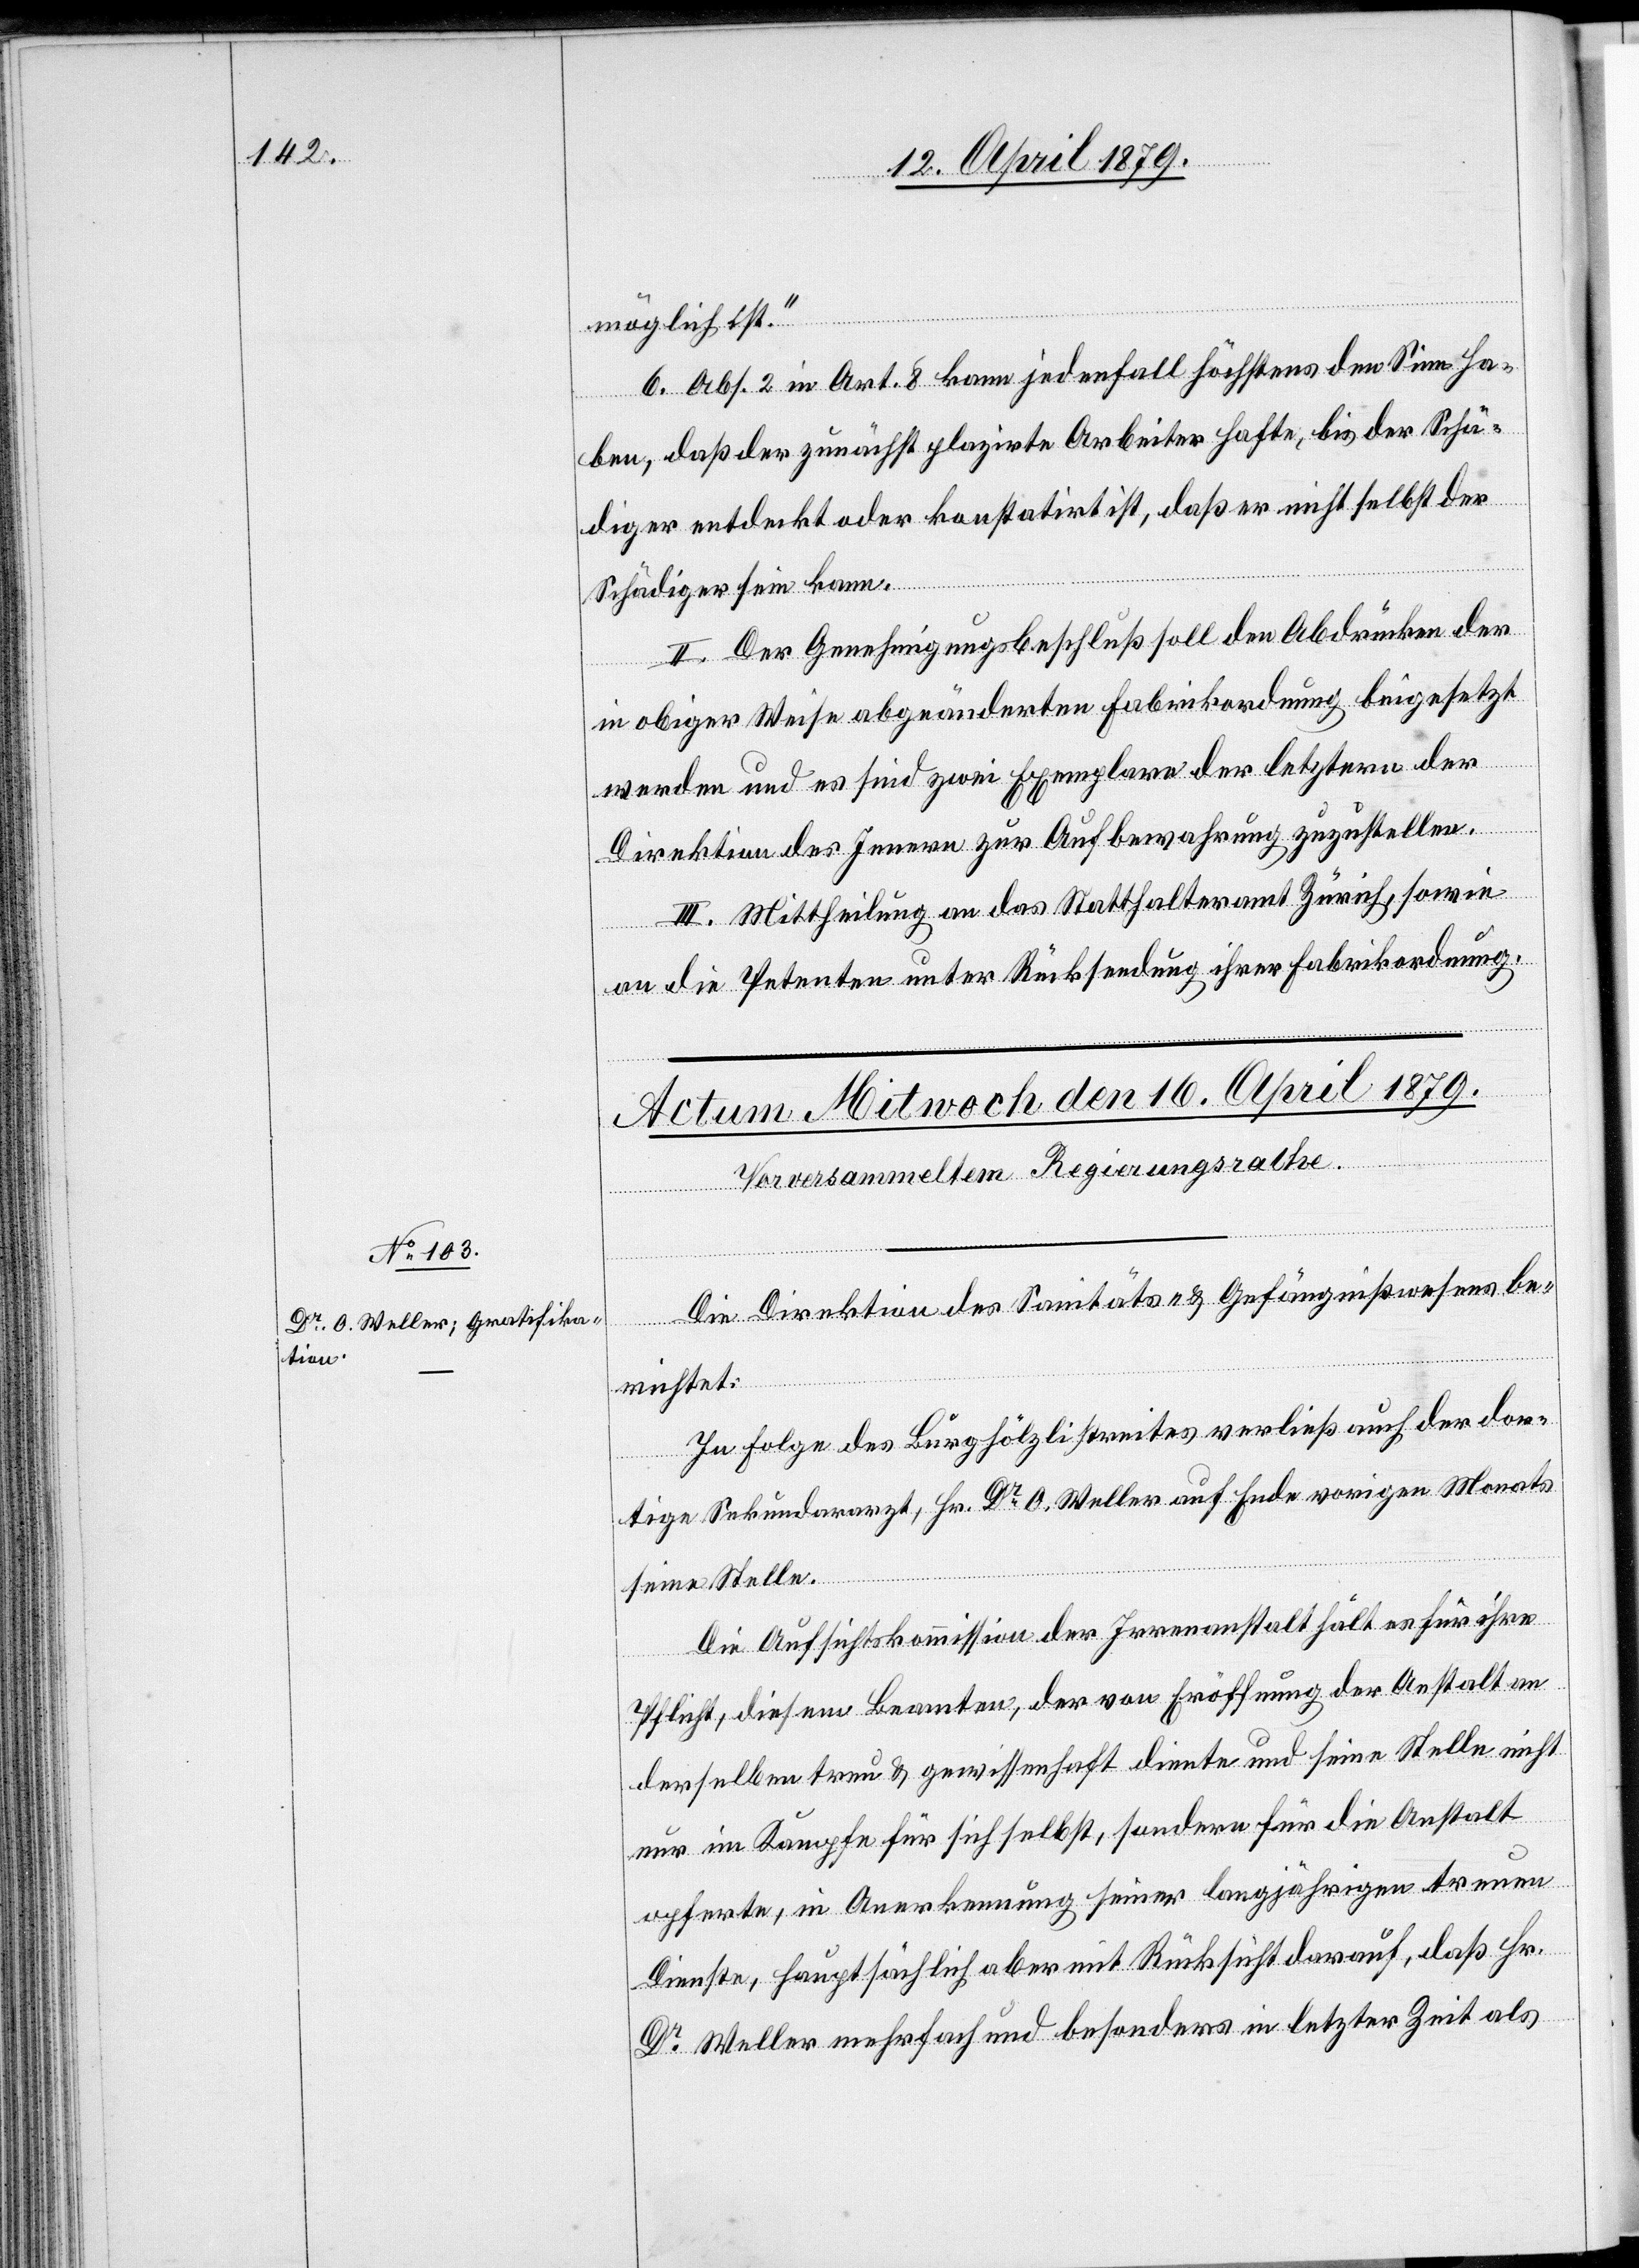
Die Direktion des Sanitäts- & Gefängnißwesens be¬
richtet:
In Folge des Burghölzlistreites verließ auch der dor¬
tige Sekundararzt, Hr. Dr O. Weller auf Ende vorigen Monats
seine Stelle.
Die Aufsichtskommission der Irrenanstalt hält es für ihre
Pflicht, diesem Beamten, der von Eröffnung der Anstalt an
derselben treu & gewissenhaft diente und seine Stelle nicht
nur im Kampfe für sich selbst, sondern für die Anstalt
opferte, in Anerkennung seiner langjährigen treuen
Dienste, hauptsächlich aber mit Rücksicht darauf, daß Hr.
Dr Weller mehrfach und besonders in letzter Zeit als